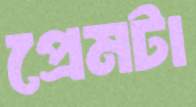
প্রেমটা